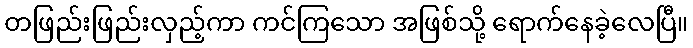
တဖြည်းဖြည်းလှည့်ကာ ကင်ကြသော အဖြစ်သို့ ရောက်နေခဲ့လေပြီ။